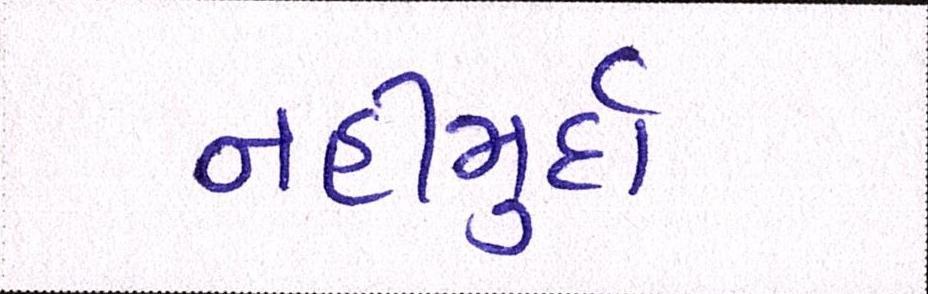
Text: નહીંમુર્દા